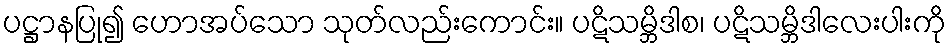
ပဋ္ဌာနပြု၍ ဟောအပ်သော သုတ်လည်းကောင်း။ ပဋိသမ္ဘိဒါစ၊ ပဋိသမ္ဘိဒါလေးပါးကို